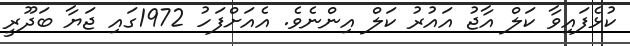
ކުޅެފައިވާ ކަލް އާޖު އައުރު ކަލް އިންނެވެ. އެއަށްފަހު 1972ގައި ޖަޔާ ބަދޫރީ